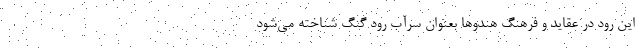
این رود در عقاید و فرهنگ هندو‌ها بعنوان سرآب رود گنگ شناخته می‌شود